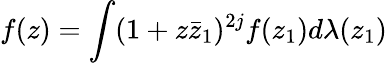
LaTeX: f(z)=\int(1+z\bar{z}_{1})^{2j}f(z_{1})d\lambda(z_{1})